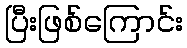
ပြီးဖြစ်ကြောင်း